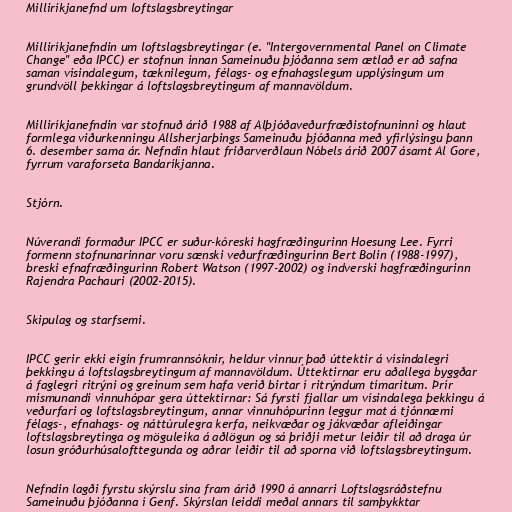
Milliríkjanefnd um loftslagsbreytingar

Milliríkjanefndin um loftslagsbreytingar (e. "Intergovernmental Panel on Climate
Change" eða IPCC) er stofnun innan Sameinuðu þjóðanna sem ætlað er að safna
saman vísindalegum, tæknilegum, félags- og efnahagslegum upplýsingum um
grundvöll þekkingar á loftslagsbreytingum af mannavöldum.

Milliríkjanefndin var stofnuð árið 1988 af Alþjóðaveðurfræðistofnuninni og hlaut
formlega viðurkenningu Allsherjarþings Sameinuðu þjóðanna með yfirlýsingu þann
6. desember sama ár. Nefndin hlaut friðarverðlaun Nóbels árið 2007 ásamt Al Gore,
fyrrum varaforseta Bandaríkjanna.

Stjórn.

Núverandi formaður IPCC er suður-kóreski hagfræðingurinn Hoesung Lee. Fyrri
formenn stofnunarinnar voru sænski veðurfræðingurinn Bert Bolin (1988-1997),
breski efnafræðingurinn Robert Watson (1997-2002) og indverski hagfræðingurinn
Rajendra Pachauri (2002-2015).

Skipulag og starfsemi.

IPCC gerir ekki eigin frumrannsóknir, heldur vinnur það úttektir á vísindalegri
þekkingu á loftslagsbreytingum af mannavöldum. Úttektirnar eru aðallega byggðar
á faglegri ritrýni og greinum sem hafa verið birtar í ritrýndum tímaritum. Þrír
mismunandi vinnuhópar gera úttektirnar: Sá fyrsti fjallar um vísindalega þekkingu á
veðurfari og loftslagsbreytingum, annar vinnuhópurinn leggur mat á tjónnæmi
félags-, efnahags- og náttúrulegra kerfa, neikvæðar og jákvæðar afleiðingar
loftslagsbreytinga og möguleika á aðlögun og sá þriðji metur leiðir til að draga úr
losun gróðurhúsalofttegunda og aðrar leiðir til að sporna við loftslagsbreytingum.

Nefndin lagði fyrstu skýrslu sína fram árið 1990 á annarri Loftslagsráðstefnu
Sameinuðu þjóðanna í Genf. Skýrslan leiddi meðal annars til samþykktar